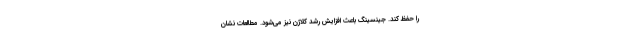
را حفظ کند. جینسینگ باعث افزایش رشد کلاژن نیز می‌شود. مطالعات نشان